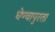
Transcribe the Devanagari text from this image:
घेण्यापुरता